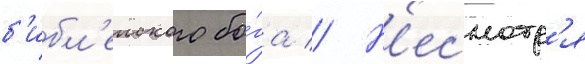
б'ибл'еиского бо́га // Н'есмотр'я